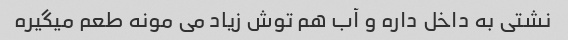
نشتی به داخل داره و آب هم توش زیاد می مونه طعم میگیره